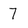
Character: 7